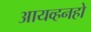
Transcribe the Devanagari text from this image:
आयव्हनहो